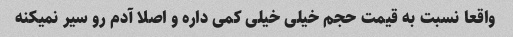
واقعا نسبت به قیمت حجم خیلی خیلی کمی داره و اصلا آدم رو سیر نمیکنه